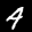
Label: 4